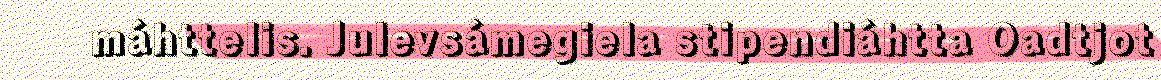
máhttelis. Julevsámegiela stipendiáhtta Oadtjot